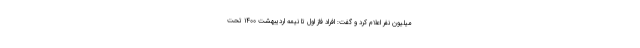
میلیون نفر اعلام کرد و گفت: افراد فاز اول تا نیمه اردیبهشت ۱۴۰۰ تحت